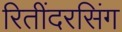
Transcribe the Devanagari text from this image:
रितींदरसिंग